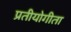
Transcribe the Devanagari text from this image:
प्रतीयोगीता